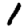
Digit: 1